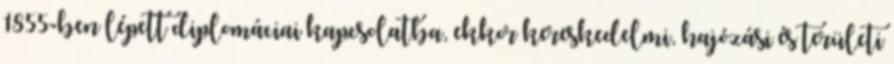
1855-ben lépett diplomáciai kapcsolatba, ekkor kereskedelmi, hajózási és területi